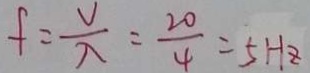
f = \frac { V } { \lambda } = \frac { 2 0 } { 4 } = 5 H z